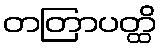
တတြာပတ္ထိ